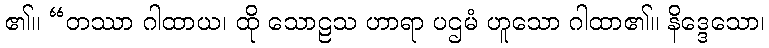
၏။ “တဿာ ဂါထာယ၊ ထို သောဠသ ဟာရာ ပဌမံ ဟူသော ဂါထာ၏။ နိဒ္ဒေသော၊